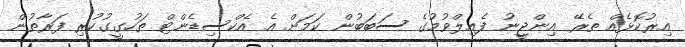
އިރުކޮޅެއް ތެރޭ އިންޖީނު ފެއިލްވުމުގެ ސަބަބުން ކަމަށް އެ އެކްސިޑެންޓް ތަހުގީގުކުރި ފަރާތުން